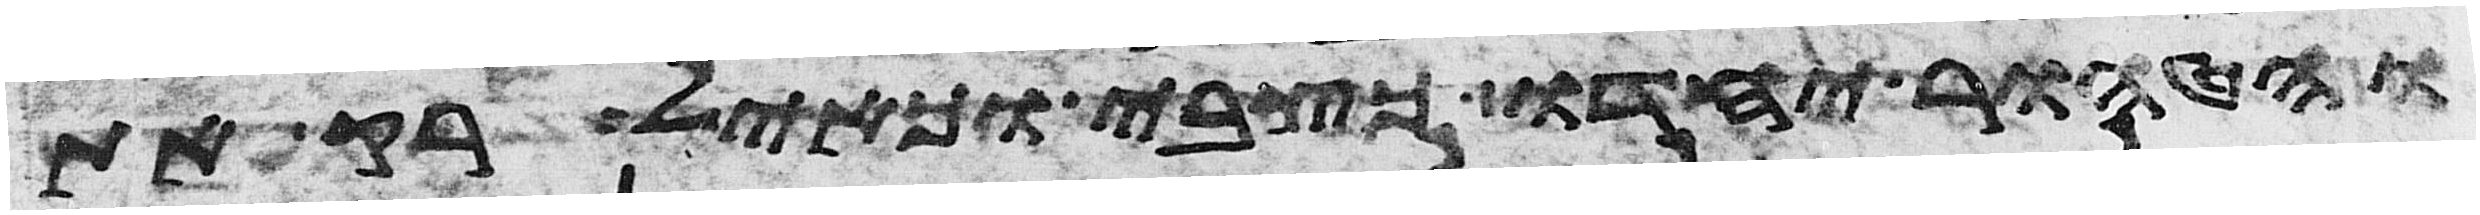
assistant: והטהור יחדו כצבי וכאיל רק את